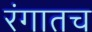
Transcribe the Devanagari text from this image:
रंगातच